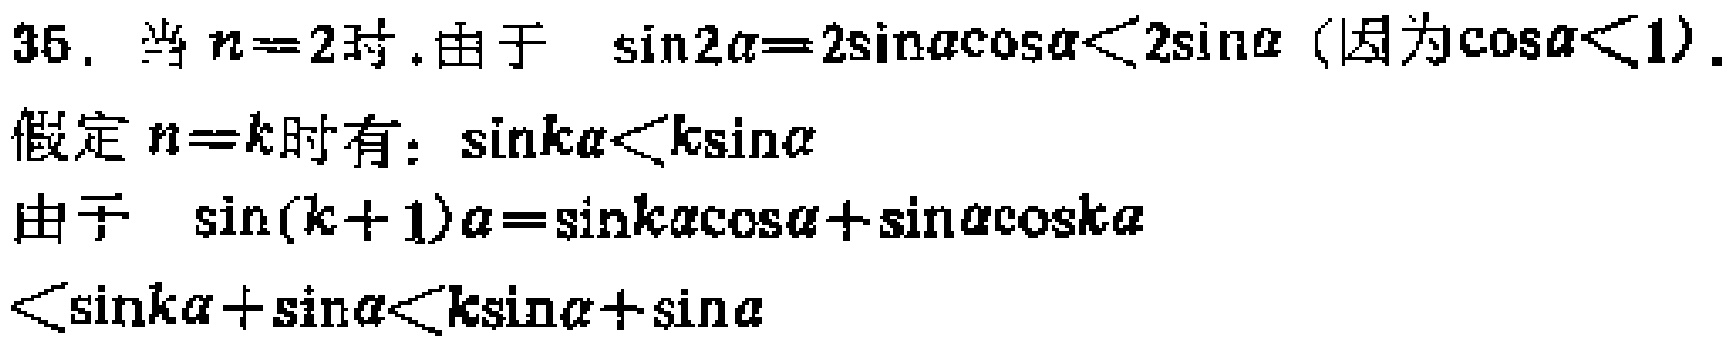
35. 当 \(n = 2\) 时，由于 \(\sin2\alpha=2\sin\alpha\cos\alpha<2\sin\alpha\)（因为 \(\cos\alpha<1\)）.
假定 \(n = k\) 时有：\(\sin k\alpha<k\sin\alpha\)
由于 \(\sin(k + 1)\alpha=\sin k\alpha\cos\alpha+\sin\alpha\cos k\alpha\)
\(<\sin k\alpha+\sin\alpha<k\sin\alpha+\sin\alpha\)